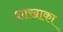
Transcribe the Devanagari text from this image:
शाखाका